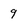
Character: 9